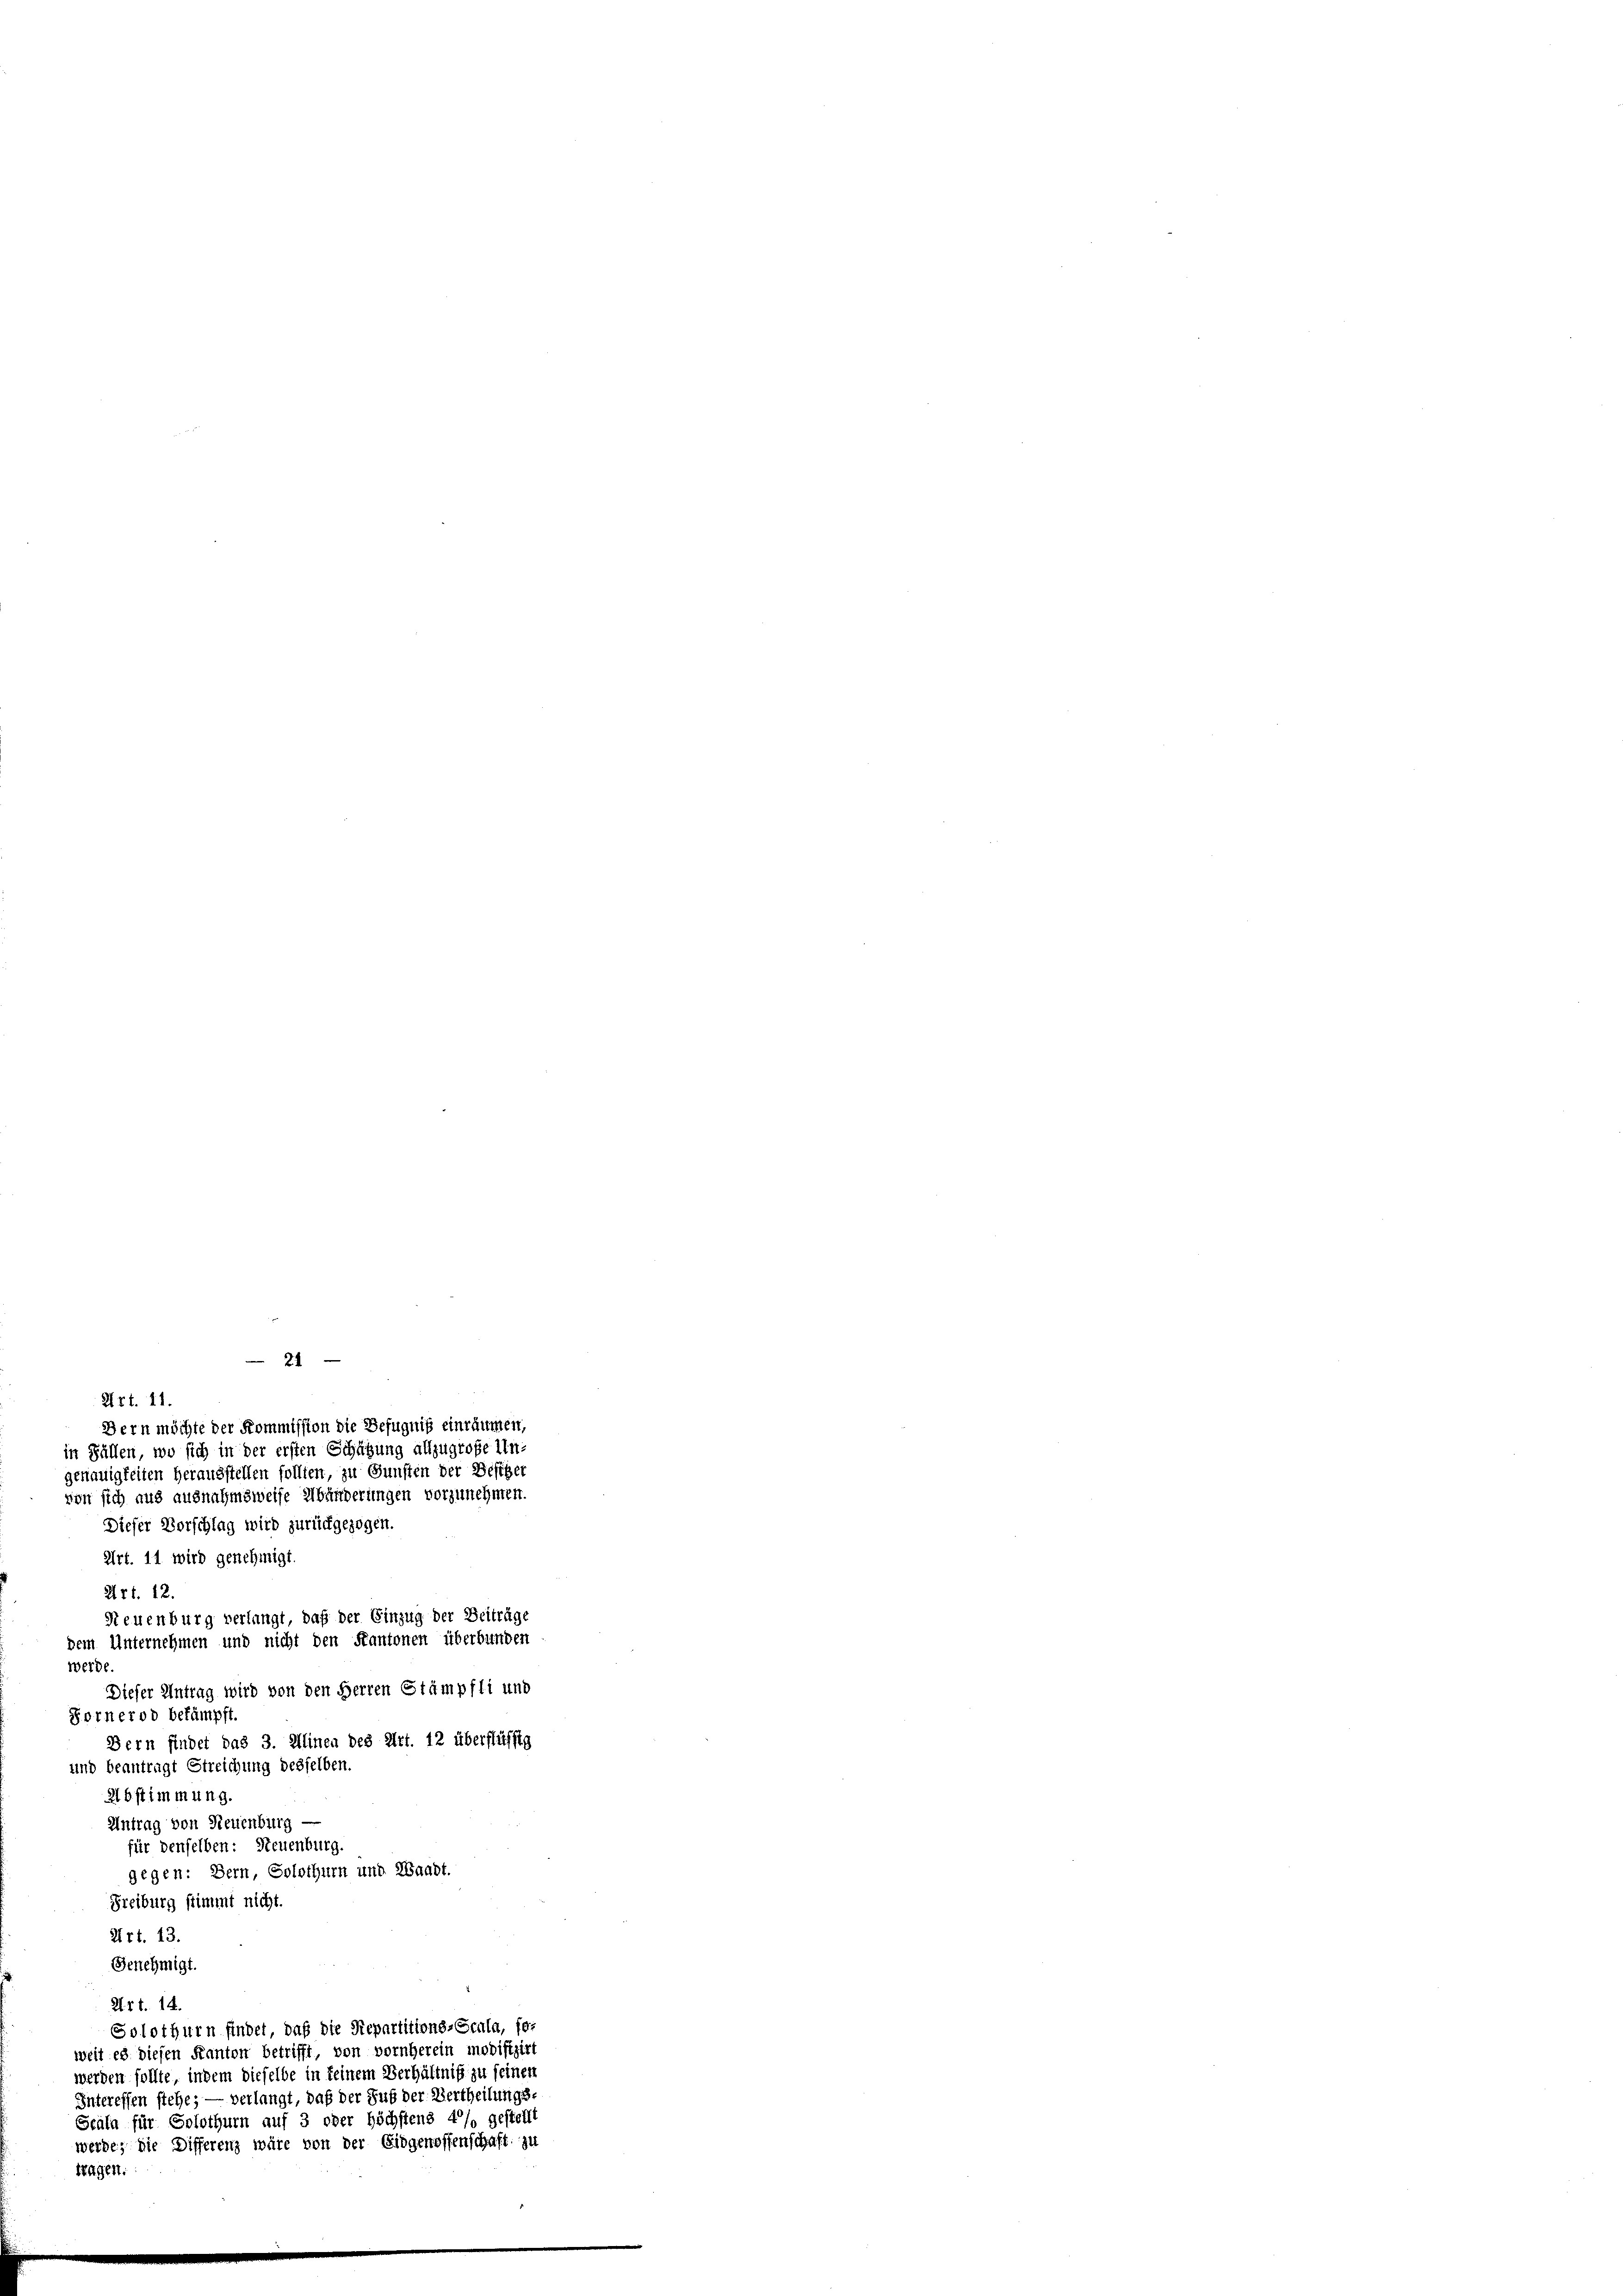
28t. 11.
Art. 12.
werde.
Dieser Antrag wird von den Herren Stämpfli und
Fornerod bekämpft.
Bern findet das 3. Minen des Art. 12 überflüssig
und beantragt Streichung desselben.
2bstimmung.
Antrag von Neuenburg —
für denselben: Steuenburg.
gegen: Bern, Solothurn und Waadt.
Freiburg stimmt nicht
Art. 13.
Genehmigt.
Art. 14.
Solothurn findet, daß die Stepartitions-Scala, for
weit es diesen Kanton betrifft, von vornherein modifizirt
werden sollte, indem dieselbe in keinem Verhältnis zu seinen
Intereffen stehe; — verlangt, daß der Sub der Vertheilungs-
Scala für Solothurn auf 3 oder Höchstens 4% gestellt
werde, die Differenz wäre von der Eidgenossenschaft zu
wagen.

21

Bern möchte der Kommission die Befugnis einräumen,
in Fällen, wo sich in der ersten Schätzung allzugroße Ungenauigkeiten herausstellen sollten, zu Gunsten der Besther
von sich aus ausnahmsweise Abänderungen vorzunehmen.
Dieser Vorschlag wird zurückgezogen.
Art. 11 wird genehmigt.
Neuenburg verlangt, daß der Einzug der Beiträge
dem Unternehmen und nicht den Kantonen überbunden